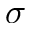
\sigma